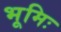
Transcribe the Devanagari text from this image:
भूमिः